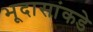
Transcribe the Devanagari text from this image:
भूदासांकडे